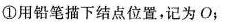
① 用铅笔描下结点位置，记为O；